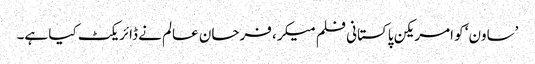
’ساون‘ کو امریکن پاکستانی فلم میکر، فرحان عالم نے ڈائریکٹ کیا ہے۔